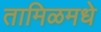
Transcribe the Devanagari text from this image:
तामिळमधे